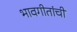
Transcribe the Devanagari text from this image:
भावगीतांची